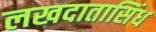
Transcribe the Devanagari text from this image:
लखदातासिंध